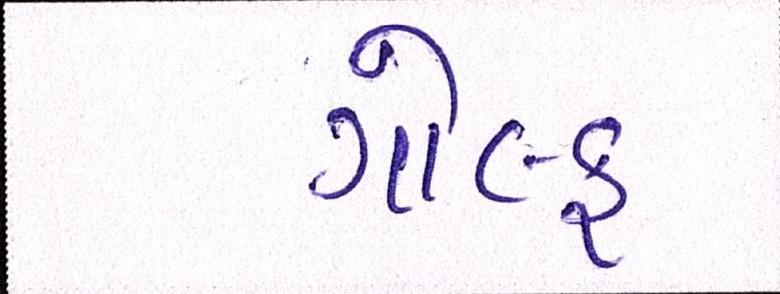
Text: ગોલ્ફ